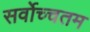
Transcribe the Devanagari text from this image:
सर्वोच्चतम